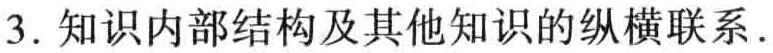
3. 知识内部结构及其他知识的纵横联系.